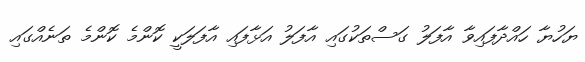
ޔަހުޔާ ހައްދާފައިވާ އާފަލު ގަސްތަކުގައި އާފަލު އަޅާފައި އާފަލަކީ ކޮންމެ ކޮންމެ ތަނެއްގައި